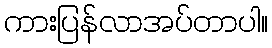
ကားပြန်လာအပ်တာပါ။